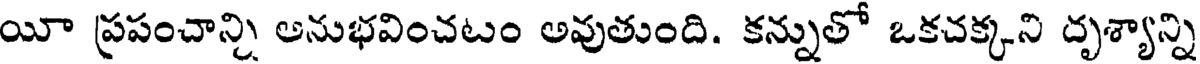
యీ ప్రపంచాన్ని అనుభవించటం అవుతుంది. కన్నుతో ఒకచక్కని దృశ్యాన్ని